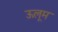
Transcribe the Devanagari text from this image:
ऊलूम